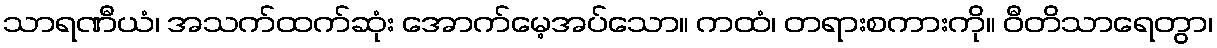
သာရဏီယံ၊ အသက်ထက်ဆုံး အောက်မေ့အပ်သော။ ကထံ၊ တရားစကားကို။ ဝီတိသာရေတွာ၊